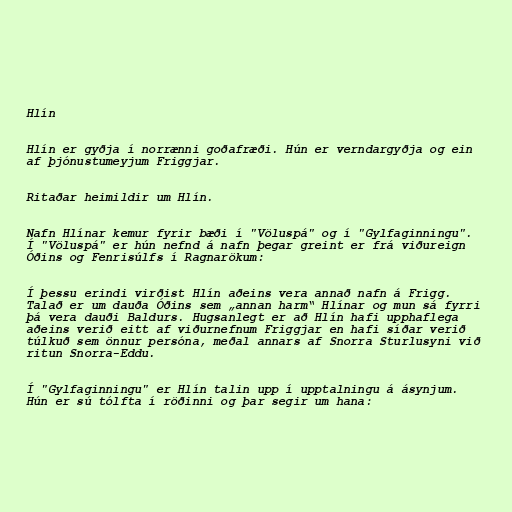
Hlín

Hlín er gyðja í norrænni goðafræði. Hún er verndargyðja og ein
af þjónustumeyjum Friggjar.

Ritaðar heimildir um Hlín.

Nafn Hlínar kemur fyrir bæði í "Völuspá" og í "Gylfaginningu".
Í "Völuspá" er hún nefnd á nafn þegar greint er frá viðureign
Óðins og Fenrisúlfs í Ragnarökum:

Í þessu erindi virðist Hlín aðeins vera annað nafn á Frigg.
Talað er um dauða Óðins sem „annan harm“ Hlínar og mun sá fyrri
þá vera dauði Baldurs. Hugsanlegt er að Hlín hafi upphaflega
aðeins verið eitt af viðurnefnum Friggjar en hafi síðar verið
túlkuð sem önnur persóna, meðal annars af Snorra Sturlusyni við
ritun Snorra-Eddu.

Í "Gylfaginningu" er Hlín talin upp í upptalningu á ásynjum.
Hún er sú tólfta í röðinni og þar segir um hana: